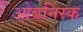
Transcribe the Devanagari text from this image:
ओबनिंस्क